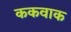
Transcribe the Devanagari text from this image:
ककवाक